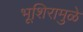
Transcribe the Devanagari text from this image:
भूशिरामुळे